Annual report on the lock hospitals of the Madras Presidency
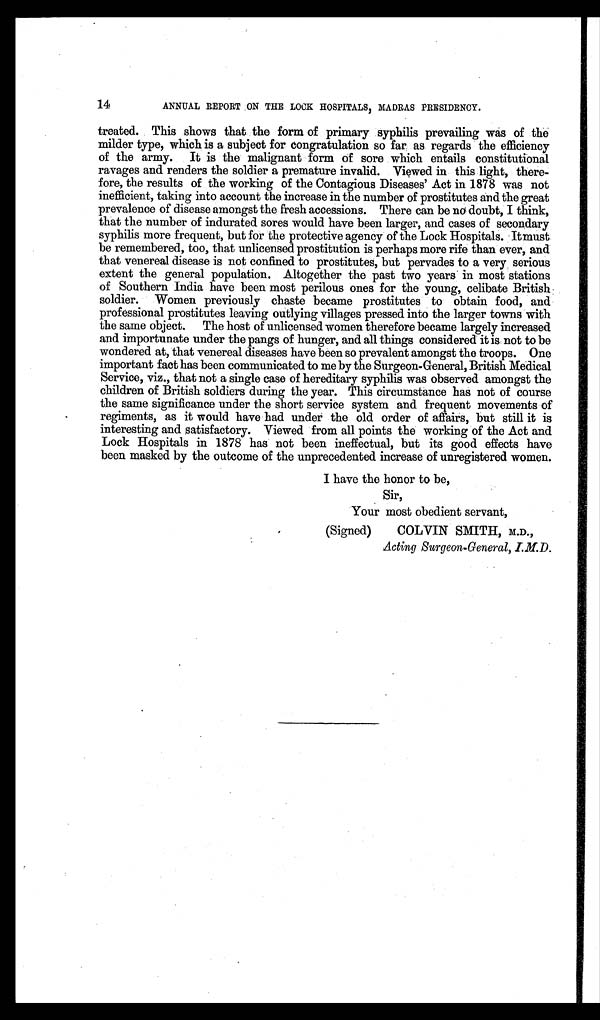
14
ANNUAL REPORT ON THE LOOK HOSPITALS, MADRAS PRESIDENCY.
treated. This shows that the form of primary syphilis prevailing was of the
milder type, which is a subject for congratulation so far as regards the efficiency
of the army. It is the malignant form of sore which entails constitutional
ravages and renders the soldier a premature invalid. Viewed in this light, there-
fore, the results of the working of the Contagious Diseases' Act in 1878 was not
inefficient, taking into account the increase in the number of prostitutes and the great
prevalence of disease amongst the fresh accessions. There can be no doubt, I think,
that the number of indurated sores would have been larger, and cases of secondary
syphilis more frequent, but for the protective agency of the Lock Hospitals. It must
be remembered, too, that unlicensed prostitution is perhaps more rife than ever, and
that venereal disease is not confined to prostitutes, but pervades to a very serious
extent the general population. Altogether the past two years in most stations
of Southern India have been most perilous ones for the young, celibate British
soldier. Women previously chaste became prostitutes to obtain food, and
professional prostitutes leaving outlying villages pressed into the larger towns with
the same object. The host of unlicensed women therefore became largely increased
and importunate under the pangs of hunger, and all things considered it is not to be
wondered at, that venereal diseases have been so prevalent amongst the troops. One
important fact has been communicated to me by the Surgeon-General, British Medical
Service, viz., that not a single case of hereditary syphilis was observed amongst the
children of British soldiers during the year. This circumstance has not of course
the same significance under the short service system and frequent movements of
regiments, as it would have had under the old order of affairs, but still it is
interesting and satisfactory. Viewed from all points the working of the Act and
Lock Hospitals in 1878 has not been ineffectual, but its good effects have
been masked by the outcome of the unprecedented increase of unregistered women.
I have the honor to be,
Sir,
Your most obedient servant,
(Signed)
COLVIN SMITH, M.D.,
Acting Surgeon-General, I.M.D.